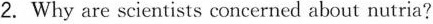
2. Why are scientísts concerned about nutria?